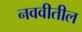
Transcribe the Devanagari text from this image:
नववीतील